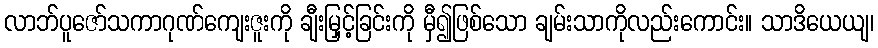
လာဘ်ပူဇော်သကာဂုဏ်ကျေးဇူးကို ချီးမြှင့်ခြင်းကို မှီ၍ဖြစ်သော ချမ်းသာကိုလည်းကောင်း။ သာဒိယေယျ၊